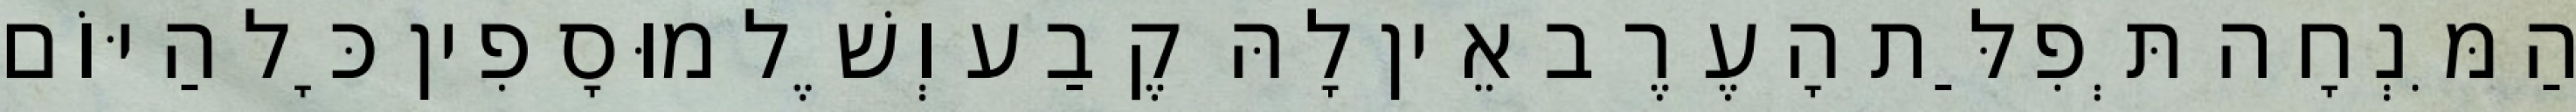
הַמִּנְחָה תְּפִלַּת הָעֶרֶב אֵין לָהּ קֶבַע וְשֶׁל מוּסָפִין כָּל הַיּוֹם